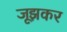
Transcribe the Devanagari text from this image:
जूझकर